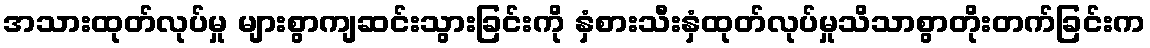
အသားထုတ်လုပ်မှု များစွာကျဆင်းသွားခြင်းကို နှံစားသီးနှံထုတ်လုပ်မှုသိသာစွာတိုးတက်ခြင်းက